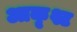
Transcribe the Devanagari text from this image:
आकृश्ट